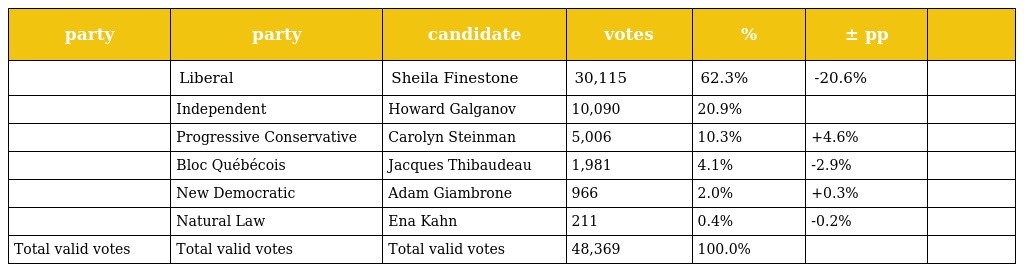
| party | party | candidate | votes | % | ± pp |  |
 | --- | --- | --- | --- | --- | --- | --- |
 |  | Liberal | Sheila Finestone | 30,115 | 62.3% | -20.6% |  |
 |  | Independent | Howard Galganov | 10,090 | 20.9% |  |  |
 |  | Progressive Conservative | Carolyn Steinman | 5,006 | 10.3% | +4.6% |  |
 |  | Bloc Québécois | Jacques Thibaudeau | 1,981 | 4.1% | -2.9% |  |
 |  | New Democratic | Adam Giambrone | 966 | 2.0% | +0.3% |  |
 |  | Natural Law | Ena Kahn | 211 | 0.4% | -0.2% |  |
 | Total valid votes | Total valid votes | Total valid votes | 48,369 | 100.0% |  |  |